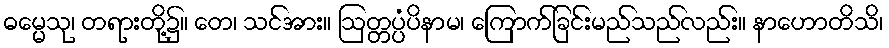
ဓမ္မေသု၊ တရားတို့၌။ တေ၊ သင်အား။ ဩတ္တပ္ပံပိနာမ၊ ကြောက်ခြင်းမည်သည်လည်း။ နာဟောတိသိ၊